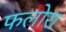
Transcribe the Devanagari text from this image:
फलोरा